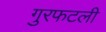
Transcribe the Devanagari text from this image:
गुरफटली